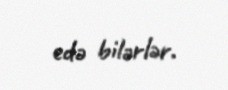
edə bilərlər.